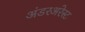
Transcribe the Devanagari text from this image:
अंडरअरेस्ट